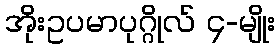
အိုးဥပမာပုဂ္ဂိုလ် ၄-မျိုး